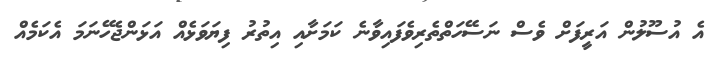
އެ އުސޫލުން އަރީފަށް ވެސް ނަސޭހަތްތެރިވެފައިވާނެ ކަމަށާއި އިތުރު ފިޔަވަޅެއް އަޅަންޖެހޭނަމަ އެކަމެއް